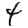
Digit: 4